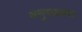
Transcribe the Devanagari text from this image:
अनुपलब्‍धता